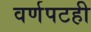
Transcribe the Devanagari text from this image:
वर्णपटही